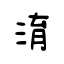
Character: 淯